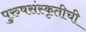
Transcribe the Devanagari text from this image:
पुरुषसंस्कृतीची